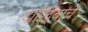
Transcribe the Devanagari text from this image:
दारिद्र्याचे